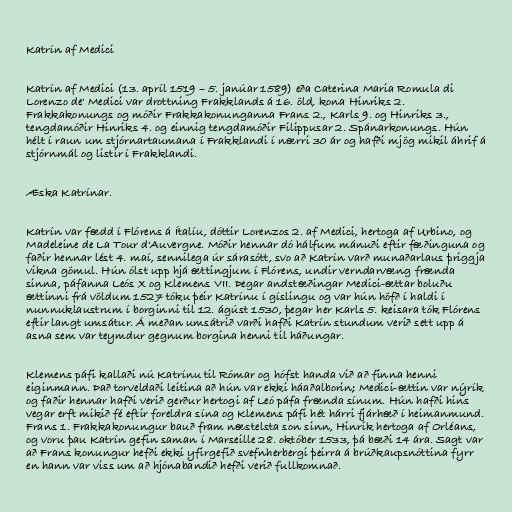
Katrín af Medici

Katrín af Medici (13. apríl 1519 – 5. janúar 1589) eða Caterina Maria Romula di
Lorenzo de' Medici var drottning Frakklands á 16. öld, kona Hinriks 2.
Frakkakonungs og móðir Frakkakonunganna Frans 2., Karls 9. og Hinriks 3.,
tengdamóðir Hinriks 4. og einnig tengdamóðir Filippusar 2. Spánarkonungs. Hún
hélt í raun um stjórnartaumana í Frakklandi í nærri 30 ár og hafði mjög mikil áhrif á
stjórnmál og listir í Frakklandi.

Æska Katrínar.

Katrín var fædd í Flórens á Ítalíu, dóttir Lorenzos 2. af Medici, hertoga af Urbino, og
Madeleine de La Tour d'Auvergne. Móðir hennar dó hálfum mánuði eftir fæðinguna og
faðir hennar lést 4. maí, sennilega úr sárasótt, svo að Katrín varð munaðarlaus þriggja
vikna gömul. Hún ólst upp hjá ættingjum í Flórens, undir verndarvæng frænda
sinna, páfanna Leós X og Klemens VII. Þegar andstæðingar Medici-ættar boluðu
ættinni frá völdum 1527 tóku þeir Katrínu í gíslingu og var hún höfð í haldi í
nunnuklaustrum í borginni til 12. ágúst 1530, þegar her Karls 5. keisara tók Flórens
eftir langt umsátur. Á meðan umsátrið varði hafði Katrín stundum verið sett upp á
asna sem var teymdur gegnum borgina henni til háðungar.

Klemens páfi kallaði nú Katrínu til Rómar og hófst handa við að finna henni
eiginmann. Það torveldaði leitina að hún var ekki háaðalborin; Medici-ættin var nýrík
og faðir hennar hafði verið gerður hertogi af Leó páfa frænda sínum. Hún hafði hins
vegar erft mikið fé eftir foreldra sína og Klemens páfi hét hárri fjárhæð í heimanmund.
Frans 1. Frakkakonungur bauð fram næstelsta son sinn, Hinrik hertoga af Orléans,
og voru þau Katrín gefin saman í Marseille 28. október 1533, þá bæði 14 ára. Sagt var
að Frans konungur hefði ekki yfirgefið svefnherbergi þeirra á brúðkaupsnóttina fyrr
en hann var viss um að hjónabandið hefði verið fullkomnað.